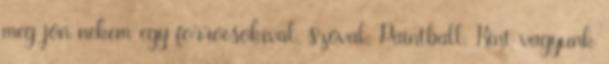
meg jön nekem egy forrócsokival, szóval. Paintball. Kint vagyunk